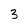
Character: 3